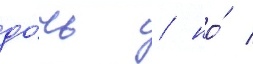
до́чь / но́ /